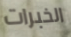
الخبرات